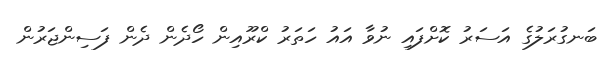
ބަނގުރަލުގެ އަސަރު ކޮށްފައި ނުވާ އައު ހަތަރު ކްރޫއިން ހޯދެން ދެން ފަސިންޖަރުން